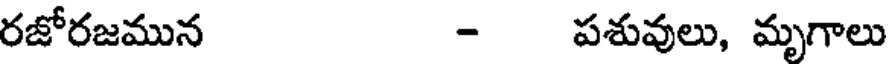
రజోరజమున - పశువులు, మృగాలు